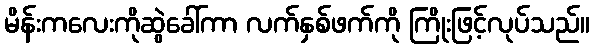
မိန်းကလေးကိုဆွဲခေါ်ကာ လက်နှစ်ဖက်ကို ကြိုးဖြင့်လုပ်သည်။